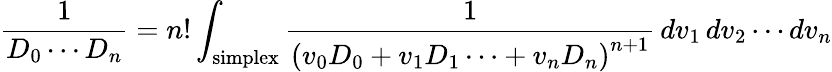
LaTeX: {\frac{1}{D_{0}\cdots D_{n}}}=n!\int_{\mathrm{simplex}}{\frac{1}{\left(v_{0}D_{0}+v_{1}D_{1}\cdots+v_{n}D_{n}\right)^{n+1}}}\, dv_{1}\, dv_{2}\cdots dv_{n}